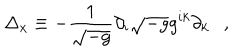
\Delta _ { x } \equiv - { \frac { 1 } { \sqrt { - g } } } \partial _ { i } \sqrt { - g } g ^ { i k } \partial _ { k } ,